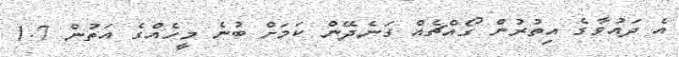
އެ ދައުވާގެ އިތުރުން ގޯއްޗެއް ގަނެދޭން ކަމަށް ބުނެ މީހެއްގެ އަތުން 1.7